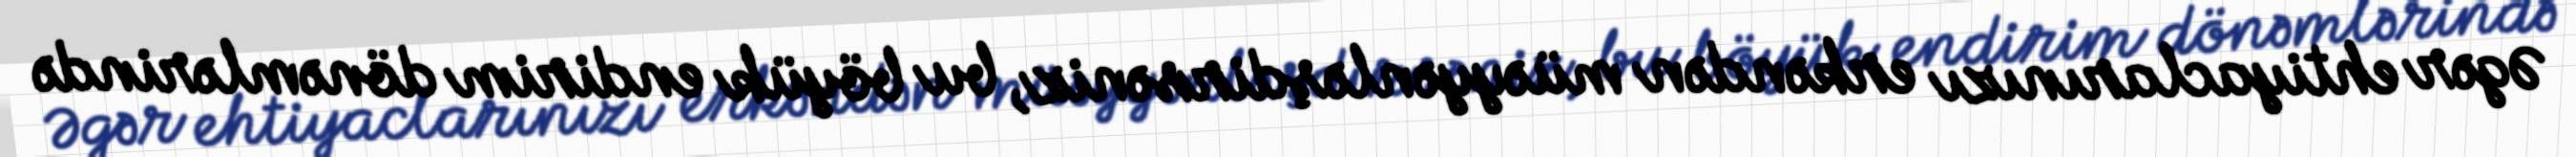
Əgər ehtiyaclarınızı erkəndən müəyyənləşdirsəniz, bu böyük endirim dönəmlərində